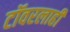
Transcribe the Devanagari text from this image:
टॉवरलाही